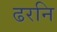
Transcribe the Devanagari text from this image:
ढरनि